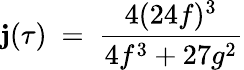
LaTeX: \mathbf{j}(\tau)~=~{\frac{{4(24f)^{3}}}{{4f^{3}+27g^{2}}}}